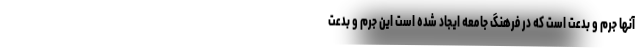
آنها جرم و بدعت است که در فرهنگ جامعه ایجاد شده است این جرم و بدعت